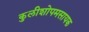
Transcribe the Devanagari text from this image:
कुलीशोपमसायक